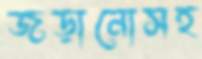
জড়ানোসহ